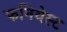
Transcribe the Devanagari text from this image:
फनियेस्ट